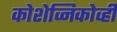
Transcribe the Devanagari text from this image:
कोशेव्निकोव्ही